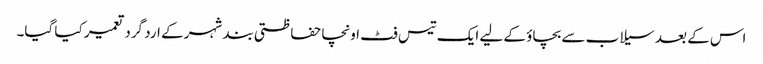
اس کے بعد سیلاب سے بچاؤ کے لیے ایک تیس فٹ اونچا حفاظتی بند شہر کے ارد گرد تعمیر کیا گیا۔